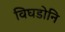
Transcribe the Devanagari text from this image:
विघडोनि